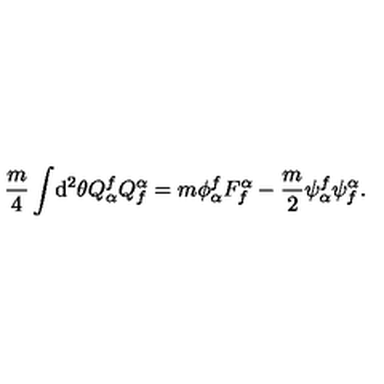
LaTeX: \frac { m } { 4 } \int \! \mathrm { d } ^ { 2 } \theta Q _ { \alpha } ^ { f } Q _ { f } ^ { \alpha } = m \phi _ { \alpha } ^ { f } F _ { f } ^ { \alpha } - \frac { m } { 2 } \psi _ { \alpha } ^ { f } \psi _ { f } ^ { \alpha } .